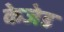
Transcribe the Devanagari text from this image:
केजेड